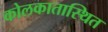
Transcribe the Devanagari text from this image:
कोलकातास्थित